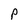
Character: P